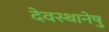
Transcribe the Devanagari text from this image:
देवस्थानेषु